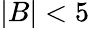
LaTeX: |B|<5